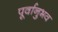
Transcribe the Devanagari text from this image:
पूर्वानुभव